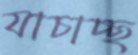
যাচাচ্ছ